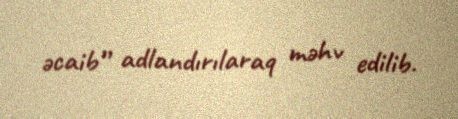
əcaib” adlandırılaraq məhv edilib.